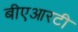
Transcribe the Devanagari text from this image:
बीएआरटी